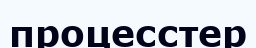
процесстер